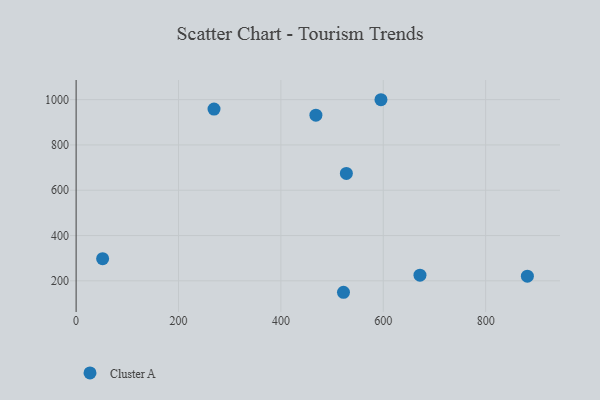
{"axis": {"x": "Experience", "y": "Salary"}, "legend": ["Cluster A"], "data": [{"x": "269.4", "y": 958.3, "type": "Cluster A"}, {"x": "522.3", "y": 149.4, "type": "Cluster A"}, {"x": "527.9", "y": 674.2, "type": "Cluster A"}, {"x": "881.5", "y": 220.5, "type": "Cluster A"}, {"x": "671.7", "y": 224.9, "type": "Cluster A"}, {"x": "595.5", "y": 999.6, "type": "Cluster A"}, {"x": "468.4", "y": 931.4, "type": "Cluster A"}, {"x": "51.8", "y": 297.7, "type": "Cluster A"}]}